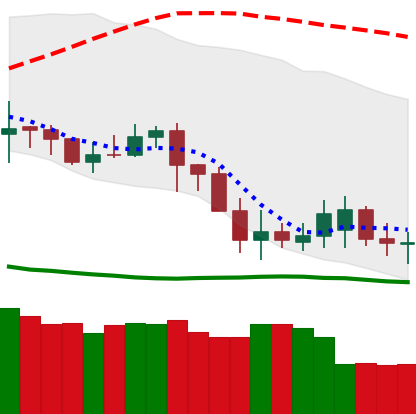
Ticker: DOGE-USD
Chart end date: 2020-07-05
Forward return: 52.23%
Label: up_7plus